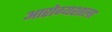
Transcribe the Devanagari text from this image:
आरोग्यशाला